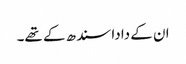
ان کے دادا سندھ کے تھے۔